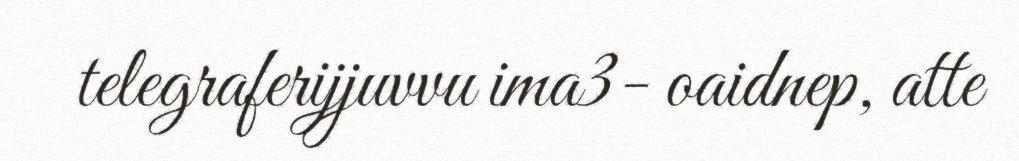
telegraferijjuvvu ima3- oaidnep, atte